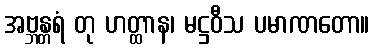
အဗ္ဘန္တရံ တု ဟတ္ထာန၊ မဋ္ဌဝီသ ပမာဏတော။